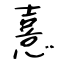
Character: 憙